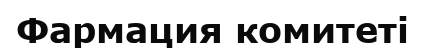
Фармация комитеті